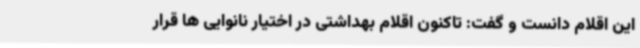
این اقلام دانست و گفت: تاکنون اقلام بهداشتی در اختیار نانوایی ها قرار